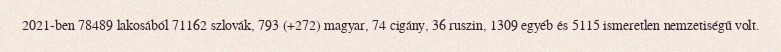
2021-ben 78489 lakosából 71162 szlovák, 793 (+272) magyar, 74 cigány, 36 ruszin, 1309 egyéb és 5115 ismeretlen nemzetiségű volt.